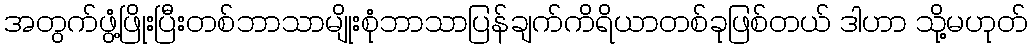
အတွက်ဖွံ့ဖြိုးပြီးတစ်ဘာသာမျိုးစုံဘာသာပြန်ချက်ကိရိယာတစ်ခုဖြစ်တယ် ဒါဟာ သို့မဟုတ်